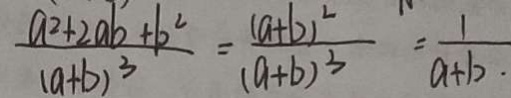
\frac { a ^ { 2 } + 2 a b + b ^ { 2 } } { ( a + b ) ^ { 2 } } = \frac { ( a + b ) ^ { 2 } } { ( a + b ) ^ { 3 } } = \frac { 1 } { a + b }